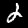
Digit: 2